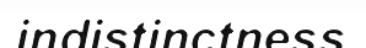
indistinctness